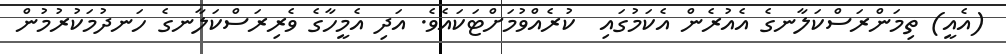
(އެއީ) ތިމަންރަސްކަލާނގެ އެއުރެން އެކަމުގައި  ކުރެއްވުމަށްޓަކައެވެ. އަދި އެމީހާގެ ވެރިރަސްކަލާނގެ ހަނދުމަކުރުމުން